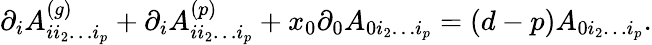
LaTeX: \partial_{i}A_{ii_{2}\ldots i_{p}}^{(g)}+\partial_{i}A_{ii_{2}\ldots i_{p}}^{(p)}+x_{0}\partial_{0}A_{0i_{2}\ldots i_{p}}=(d-p)A_{0i_{2}\ldots i_{p}}.